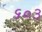
૬૦૩